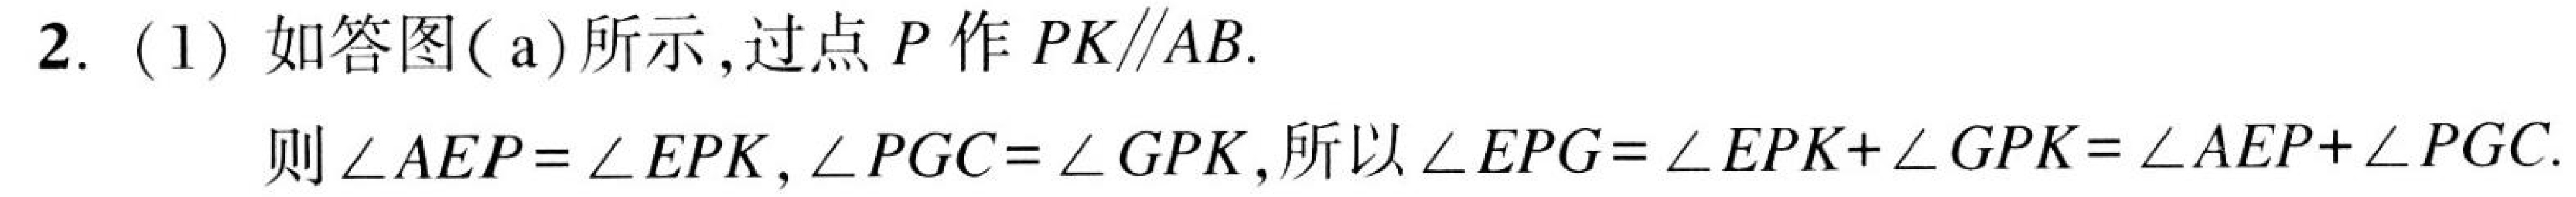
2. (1) 如答图( a) 所示, 过点 \(P\) 作 \(PK\parallel AB\).
则 \(\angle AEP=\angle EPK,\angle PGC=\angle GPK\), 所以 \(\angle EPG=\angle EPK+\angle GPK=\angle AEP+\angle PGC\).